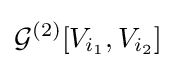
{\mathcal {G}}^{(2)}[V_{i_{1}},V_{i_{2}}]